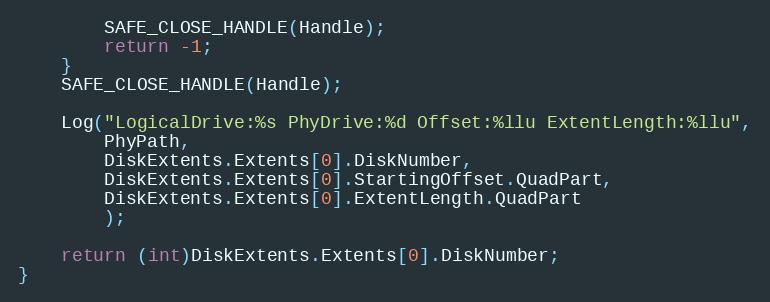
Language: C
        SAFE_CLOSE_HANDLE(Handle);
        return -1;
    }
    SAFE_CLOSE_HANDLE(Handle);

    Log("LogicalDrive:%s PhyDrive:%d Offset:%llu ExtentLength:%llu",
        PhyPath,
        DiskExtents.Extents[0].DiskNumber,
        DiskExtents.Extents[0].StartingOffset.QuadPart,
        DiskExtents.Extents[0].ExtentLength.QuadPart
        );

    return (int)DiskExtents.Extents[0].DiskNumber;
}